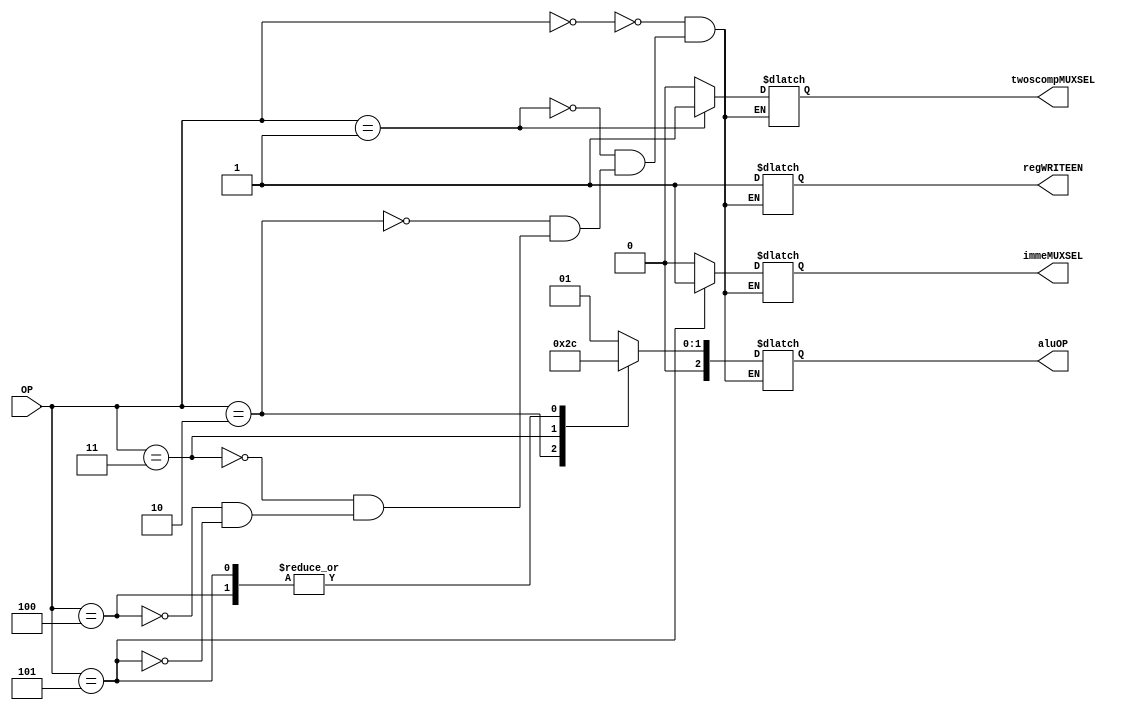
/*
Author - W M D U Thilakarathna
Reg No - E/16/366
*/

module control_unit(OP, twoscompMUXSEL, immeMUXSEL, regWRITEEN, aluOP);

    parameter [7:0] ADD   = 8'h00, 
                    SUB   = 8'h01,
                    AND   = 8'h02,
                    OR    = 8'h03,
                    MOV   = 8'h04,
                    LOADI = 8'h05;

    input [7:0] OP; //input op code
    output reg twoscompMUXSEL, immeMUXSEL, regWRITEEN; //output registers
    output reg [2:0] aluOP;

    always @ (*)
    begin
      case (OP)
        ADD:
            begin
                #1
                twoscompMUXSEL = 1'b0; //twos compliment select mux
                immeMUXSEL = 1'b0;     //immediate value select mux
                regWRITEEN = 1'b1;     //regwrite enable pin
                aluOP = 3'b001;        //cpu op code  
            end

        SUB:
            begin
                #1
                twoscompMUXSEL = 1'b1; //twos compliment select mux
                immeMUXSEL = 1'b0;     //immediate value select mux
                regWRITEEN = 1'b1;     //regwrite enable pin
                aluOP = 3'b001;        //cpu op code  
            end

        AND:
            begin
                #1
                twoscompMUXSEL = 1'b0; //twos compliment select mux
                immeMUXSEL = 1'b0;     //immediate value select mux
                regWRITEEN = 1'b1;     //regwrite enable pin
                aluOP = 3'b010;        //cpu op code  
            end

        OR:
            begin
                #1
                twoscompMUXSEL = 1'b0; //twos compliment select mux
                immeMUXSEL = 1'b0;     //immediate value select mux
                regWRITEEN = 1'b1;     //regwrite enable pin
                aluOP = 3'b011;        //cpu op code  
            end

        MOV:
            begin
                #1
                twoscompMUXSEL = 1'b0; //twos compliment select mux
                immeMUXSEL = 1'b0;     //immediate value select mux
                regWRITEEN = 1'b1;     //regwrite enable pin
                aluOP = 3'b000;        //cpu op code  
            end

        LOADI:
            begin
                #1
                twoscompMUXSEL = 1'b0; //twos compliment select mux
                immeMUXSEL = 1'b1;     //immediate value select mux
                regWRITEEN = 1'b1;     //regwrite enable pin
                aluOP = 3'b000;        //cpu op code  
            end
        endcase
    end

endmodule